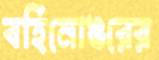
বর্হিনোঙরের